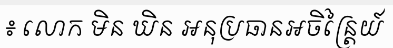
៖ លោក មិន ឃិន អនុប្រធានអចិន្ត្រៃយ៍